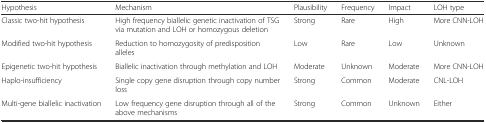
| Hypothesis | Mechanism | Plausibility | Frequency | Impact | LOH type |
 | --- | --- | --- | --- | --- | --- |
 | Classic two-hit hypothesis | High frequency biallelic genetic inactivation of TSG via mutation and LOH or homozygous deletion | Strong | Rare | High | More CNN-LOH |
 | Modified two-hit hypothesis | Reduction to homozygosity of predisposition alleles | Low | Rare | Low | Unknown |
 | Epigenetic two-hit hypothesis | Biallelic inactivation through methylation and LOH | Moderate | Unknown | Moderate | More CNN-LOH |
 | Haplo-insufficiency | Single copy gene disruption through copy number loss | Strong | Common | Moderate | CNL-LOH |
 | Multi-gene biallelic inactivation | Low frequency gene disruption through all of the above mechanisms | Strong | Common | Unknown | Either |